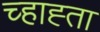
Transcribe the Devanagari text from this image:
च्हाह्ता